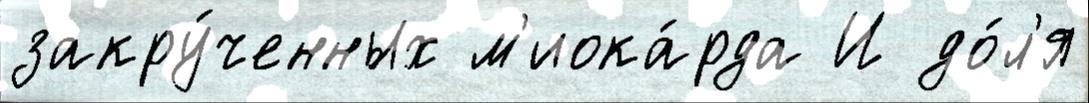
закру́ченных м'иока́рда И до́л'я